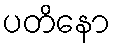
ပတိနော